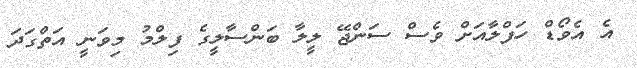
އެ އެވޯޑް ހަފްލާއަށް ވެސް ސަންޖޭ ލީލާ ބަންސާލީގެ ފިލްމު މިވަނީ އަތްގަދަ